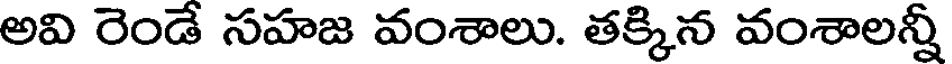
అవి రెండే సహజ వంశాలు. తక్కిన వంశాలన్నీ